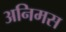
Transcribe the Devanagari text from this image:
अनिमस